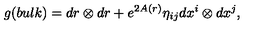
g ( b u l k ) = d r \otimes d r + e ^ { 2 A ( r ) } \eta _ { i j } d x ^ { i } \otimes d x ^ { j } ,